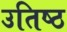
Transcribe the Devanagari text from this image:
उतिष्ठ